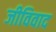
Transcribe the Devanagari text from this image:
जीविवाद